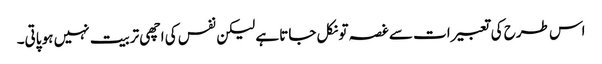
اس طرح کی تعبیرات سے غصہ تو نکل جاتا ہے لیکن نفس کی اچھی تربیت نہیں ہو پاتی۔